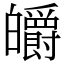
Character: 皭